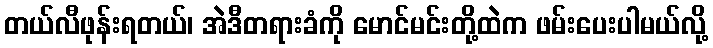
တယ်လီဖုန်းရတယ်၊ အဲဒီတရားခံကို မောင်မင်းတို့ထဲက ဖမ်းပေးပါမယ်လို့